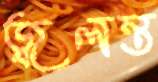
জ্বলন্ত